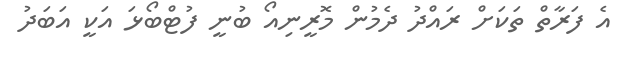
އެ ފަރާތް ތަކަށް ރައްދު ދެމުން މޮރީނިއޯ ބުނީ ފުޓްބޯޅަ އަކީ އަބަދު